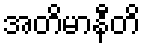
အတိမာနီတိ